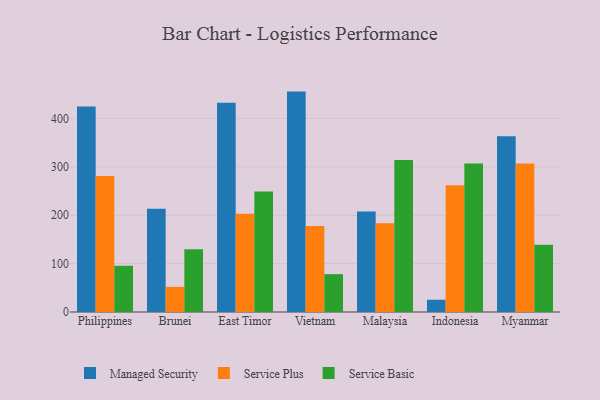
{"axis": {"x": "Country", "y": "Inventory Turnover"}, "legend": ["Managed Security", "Service Basic", "Service Plus"], "data": [{"x": "Philippines", "y": 424.5, "type": "Managed Security"}, {"x": "Philippines", "y": 281.2, "type": "Service Plus"}, {"x": "Philippines", "y": 95.5, "type": "Service Basic"}, {"x": "Brunei", "y": 213.5, "type": "Managed Security"}, {"x": "Brunei", "y": 51.9, "type": "Service Plus"}, {"x": "Brunei", "y": 129.7, "type": "Service Basic"}, {"x": "East Timor", "y": 432.2, "type": "Managed Security"}, {"x": "East Timor", "y": 203.0, "type": "Service Plus"}, {"x": "East Timor", "y": 248.9, "type": "Service Basic"}, {"x": "Vietnam", "y": 455.5, "type": "Managed Security"}, {"x": "Vietnam", "y": 177.6, "type": "Service Plus"}, {"x": "Vietnam", "y": 78.2, "type": "Service Basic"}, {"x": "Malaysia", "y": 207.9, "type": "Managed Security"}, {"x": "Malaysia", "y": 183.2, "type": "Service Plus"}, {"x": "Malaysia", "y": 314.0, "type": "Service Basic"}, {"x": "Indonesia", "y": 25.3, "type": "Managed Security"}, {"x": "Indonesia", "y": 262.2, "type": "Service Plus"}, {"x": "Indonesia", "y": 307.1, "type": "Service Basic"}, {"x": "Myanmar", "y": 363.1, "type": "Managed Security"}, {"x": "Myanmar", "y": 306.7, "type": "Service Plus"}, {"x": "Myanmar", "y": 139.1, "type": "Service Basic"}]}